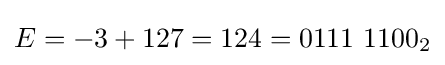
E=-3+127=124=0111\ 1100_{2}